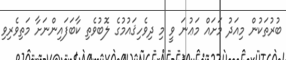
ބުރުތަކުން މިއަދު މަށައް މަޢުނަ ވީ މި ދިވެހިޤައުމުގެ ލޮބުވެތި ކާބަފައިންނަށާ މަތިވެރިވި